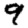
Digit: 9